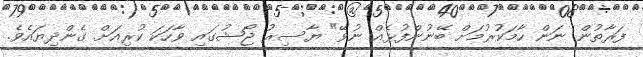
ފަރާތުން ނަން ހާމަކުރުމަށް ބޭނުންފުޅެއް ނުވޭ" ޔާސިރު ޖޯޝުގައި ވާހަކަ ކުރިއަށް ގެންދިޔައެވެ.